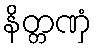
နိတ္တဏှံ